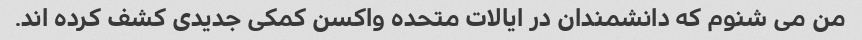
من می شنوم که دانشمندان در ایالات متحده واکسن کمکی جدیدی کشف کرده اند.